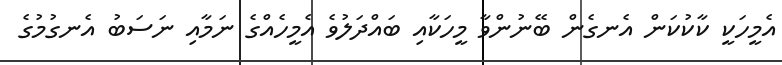
އެމީހަކީ ކާކުކަން އެނގެން ބޭނުންވާ މީހަކާއި ބައްދަލުވެ އެމީހެއްގެ ނަމާއި ނަސަބު އެނގުމުގެ